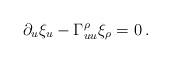
LaTeX: \begin{align*}\partial_{u} \xi_{u} - \Gamma_{u u}^{\rho}\xi_{\rho} =0\,.\end{align*}